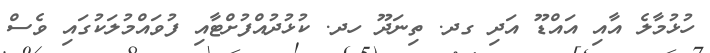
ހުޅުމާލެ އާއި އައްޑޫ އަދި ގދ. ތިނަދޫ ހދ. ކުޅުދުއްފުށްޓާއި ފުވައްމުލަކުގައި ވެސް